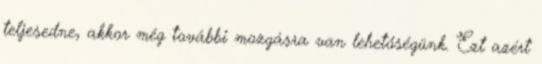
teljesedne, akkor még további mozgásra van lehetőségünk. Ezt azért